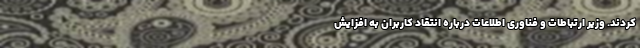
کردند. وزیر ارتباطات و فناوری اطلاعات درباره انتقاد کاربران به افزایش